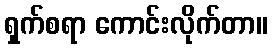
ရှက်စရာ ကောင်းလိုက်တာ။